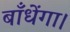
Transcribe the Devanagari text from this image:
बाँधेंगा।